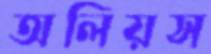
অলিয়স